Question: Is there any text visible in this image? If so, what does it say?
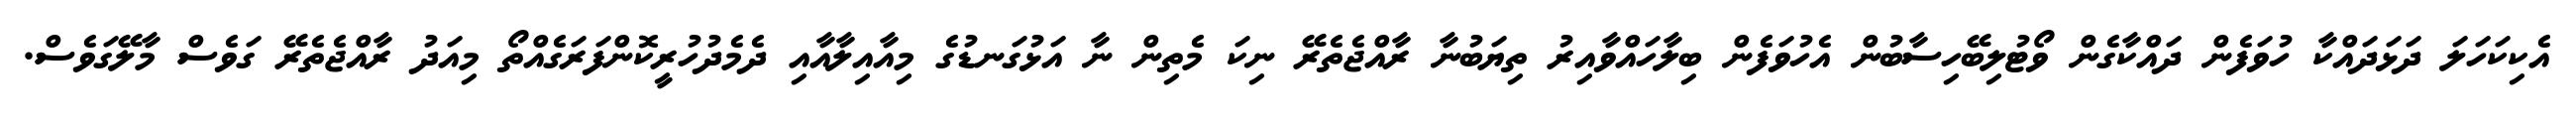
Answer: އެކިކަހަލަ ދަޅަދައްކާ ހުވަފެން ދައްކާގެން ވޯޓުލިބޭހިސާބުން އެހުވަފެން ބިލާހައްވާއިރު ތިޔަބުނާ ރާއްޖެތެރޭ ނިކަ މެތިން ނާ އަޅުގަނޑުގެ މިއާއިލާއާއި ދެމެދުހުރީކޮންފަރަގެއްތޯ މިއަދު ރާއްޖެތެރޭ ގަވެސް މާލޭގަވެސް.